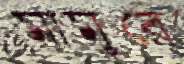
মামুরে